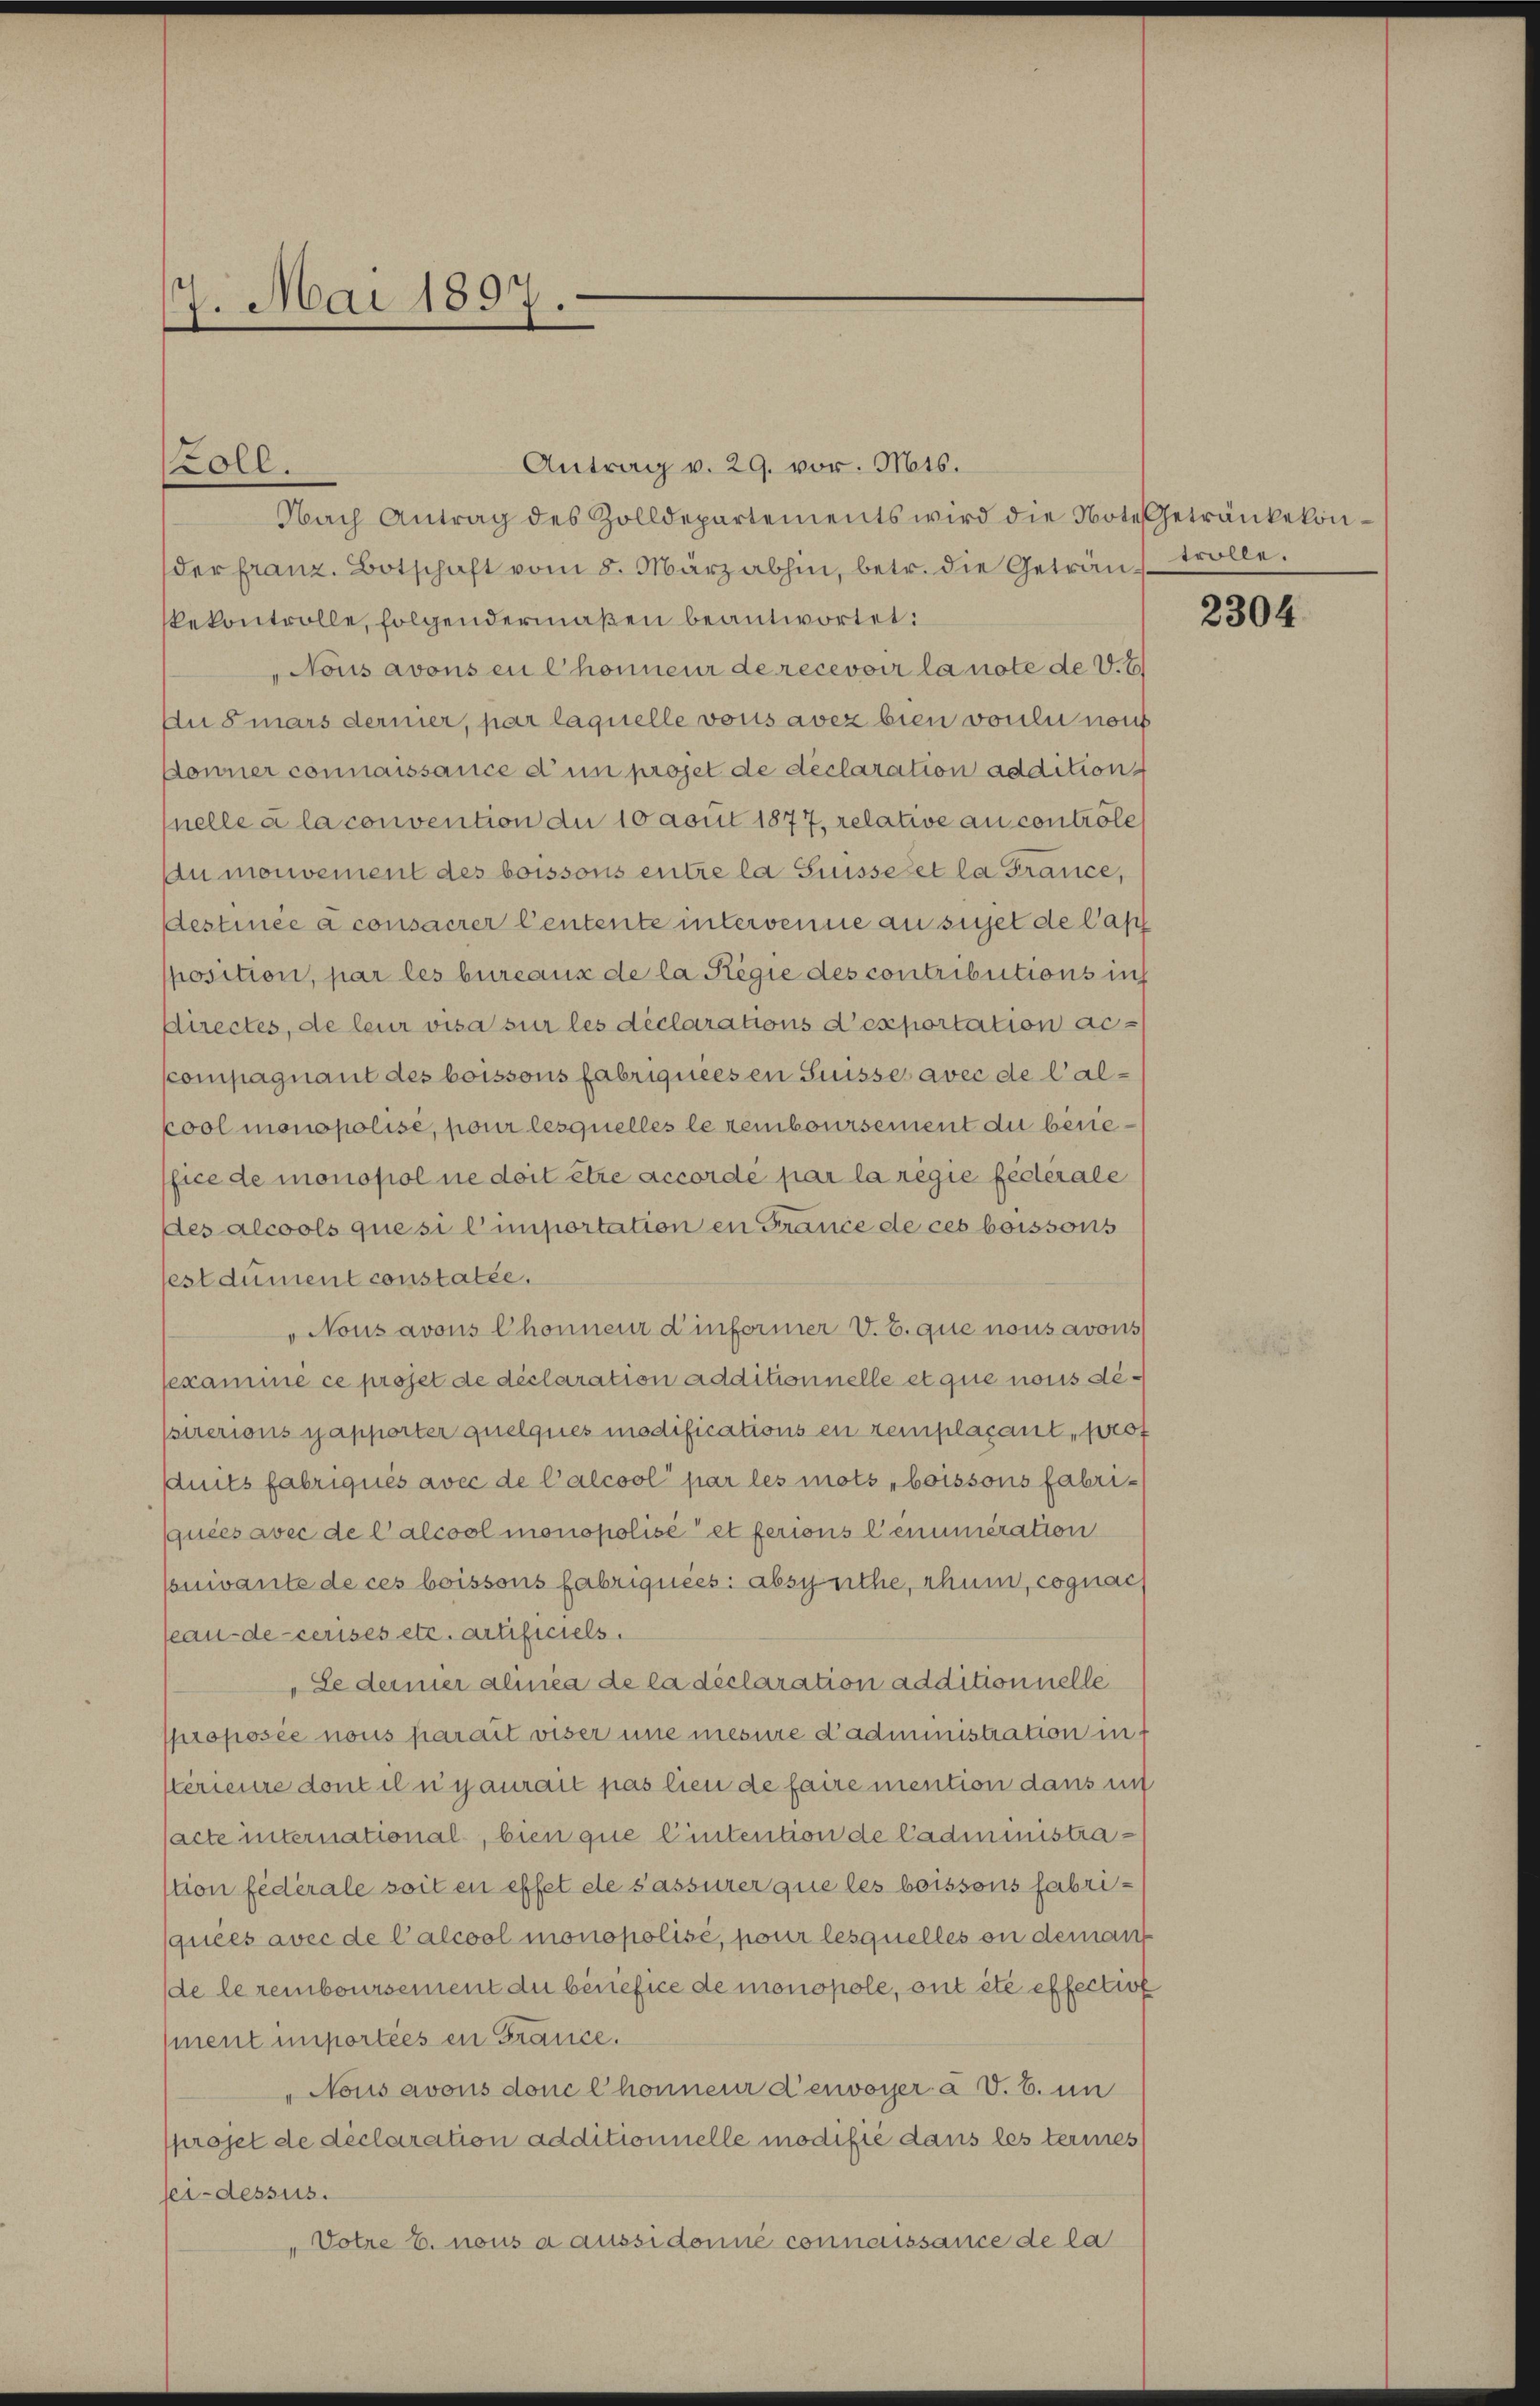
7. Mai 1897.

Antrag v. 29. vor. Mts.
Nach Antrag des Zolldepartements wird die Note Getränkekonder franz. Botschaft vom 8. März abhin, betr. die Geträu trolle.
kekontrolle, folgendermaßen beantwortet:
Nous avons en Chonneur de recevoir la note de V. E
Au smars dernier, par laquelle vons avez bien voulu nous
Donner connaissance d’un projet de declaration addition
nelle à la convention an 10 avut 1877, relative au controles
Au mouvement des boissons entre la Suisseret la France,
Destinée à consacrer Centente intervenne an sichet de Cap
position, par les bureaus de la Regie des contributions ins
Directes, de leur visa sur les déclarations d’exportation ac
compagnant des boissons fabriqueesen Suisses avec de l’alpool monopolisé, pour lesquelles le remboursement du besiefice de monopol ne doit être accordé par la regie fédérale
des alcools quesi l’importation en France de ces boissons
est dument constatée.
"Nous avons Chonneur d’informer V. B. que nous avous
sexamine ce projet de déclaration additionnelle et que nous de¬
(sirerions yapporter quelques modifications en remplaçant, prof
duits fabriqués avec de Calcool par les mots „boissons fabriquées avec de Calcool monopolisé et ferions lenumeration
suivante de ces boissons fabriquées: absynthe, thum, cognac
seau decerises etc. Artificiels.
„Le dermer alinea de la déclaration additionnelle
proposée nous parait viser une mesure d’administration in
sterieure dont il n’y aurait pas lieu de faire mention dans un
sacte international, bien que Eintention de Cadiministrastion fédérale soit en effet de s’assurer que les boissons fabri-
(quées avec de Calcool monopolisé, pour lesquelles on demann
de le remboursement du benefice de monopole, ont été effection
ment importées en France.
Nous avous donc Chonneur d’envoyer à V. B. in
projet de déclaration additionnelle modifié dans les terines
sei-dessus.
Votre E. nous a aussi donné connaissance de la

oll.

2304